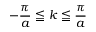
- { \frac { \pi } { a } } \leqq k \leqq { \frac { \pi } { a } }